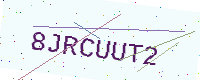
Text: 8JRCUUT2